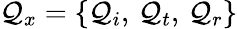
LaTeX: \mathcal{Q}_{x}=\{ \mathcal{Q}_{i},\, \mathcal{Q}_{t},\, \mathcal{Q}_{r}\}